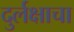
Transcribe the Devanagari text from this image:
दुर्लक्षाचा